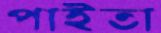
পাইতা